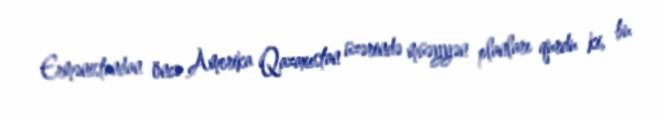
Ermənistandan öncə Amerika Qazaxıstan üzərində müəyyən planları qurdu ki, bu